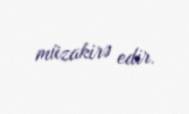
müzakirə edir.